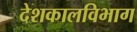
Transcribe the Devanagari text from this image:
देशकालविभाग